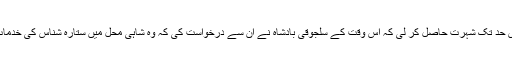
انہوں نے اس حد تک شہرت حاصل کر لی کہ اس وقت کے سلجوقی بادشاہ نے ان سے درخواست کی کہ وہ شاہی محل میں ستارہ شناس کی خدمات انجام دیں ۔